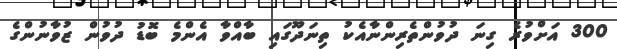
300 އަށްވުރެ ގިނަ ދުވުންތެރިންނާއެކު ތިނަދޫގައި ބާއްވާ އެންމެ ބޮޑު ދުވުން ޒުވާނުންގެ